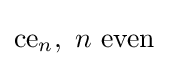
{\text{ce}}_{n},\ n{\text{ even}}